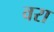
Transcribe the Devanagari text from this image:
वरा